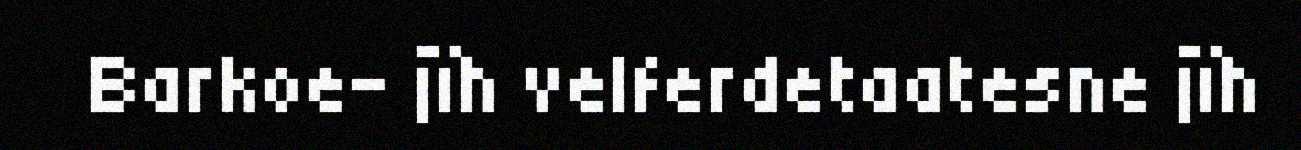
Barkoe- jïh velferdetaatesne jïh